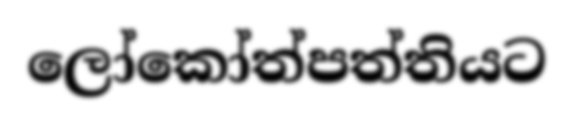
ලෝකෝත්පත්තියට